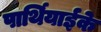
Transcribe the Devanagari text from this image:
पार्थियाईके